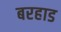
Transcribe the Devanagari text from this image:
बरहाड